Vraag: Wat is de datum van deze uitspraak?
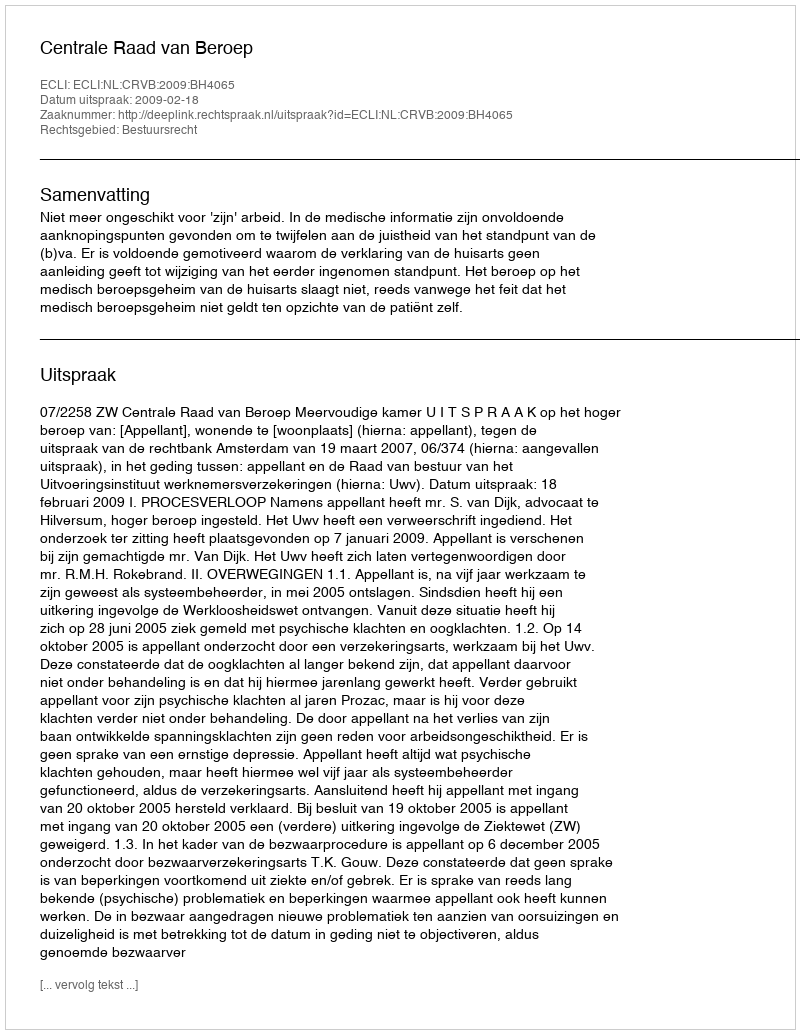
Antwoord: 2009-02-18